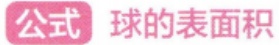
图中没有可识别的LATEX格式内容。